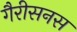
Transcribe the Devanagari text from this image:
गैरीसनस